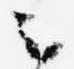
云